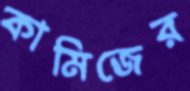
কামিজের